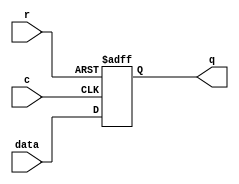
/*Westerley Carvalho Oliveira - 65255

Primeira parte - Trabalho 2

Fazer o diagrama de uma mquina de estados para contador com uma entrada de A de 2 bits. A saida 
deve ser out=0,1,2,0,1,2 quando A=0,  out= 3,2,4,3,2,4 quando A=1, out=1,3,2,3,1,3,2,3 quando A=2 e 
out=5,6,3,5,6,3, ...quando A=3. Desenhar o diagrama com http://asciiflow.com/ ou outro editor ASCII e 
colocar no seu cdigo Verilog com CASE. Escrever um testbench para testar usando seu numero de matricula.
Se for 82322, converter para binario 10100000110010010, depois usar para alimentar A de 2 em 2,
A = 1,1,0,0,1,2,1,0,2. Proietar com memria e implementar em Verilog. Projetar com portas lgicas 
tambm. O testbench deve executar nas trs implementaes com mesmo resultado. Usar aplicativo de mapa 
de karnaugh ou executvel como https://pyeda.readthedocs.io/en/latest/2llm.html para gerar as equaes 
minimizadas.


DIAGRAMA DE ESTADOS

    +---------------------------------------+
    |                                       |
    |   +-------------------------------------------------------------------+
    |   |                                   |                               |
    |   |                          +--------+----+                          |               
+----------------------------------+A=1ou3  A=2  <---+                      |
|   |   |                          |      6      |   |                      |
|   |   |                          |     110     |   |                      |               OBSERVAES
|   |   |                          |      A=0    +----------+               |
|   |   |                          +------+------+   |      |               |               Os proximos estados indeterminados foram preenchidos
|   |   |                                 |          |      |               |               com o primeiro estado da sequencia gerada pelo A correspondente.
|   |   |   +-----------------------------------------------------------+   |               
|   |   |   |                             |          |      |           |   |               A=0 -> 0,1,2,0,1,2,0,1,2,0,1,2,0,1,2,0,1,2...
|   |   |   |                             |          |      |           |   |               A=1 -> 3,2,4,3,2,4,3,2,4,3,2,4,3,2,4,3,2,4...
|   | +-+---v-------+              +------v------+   |      |   +-------+---v-+             A=2 -> 1,3,2,3,1,3,2,3,1,3,2,3,1,3,2,3,1,3...
|   | | A=2      A=0+-------------->      0      <--------------+A=0    A=1   |             A=3 -> 5,6,3,5,6,3,5,6,3,5,6,3,5,6,3,5,6,3...
|   | |      2      |    +--------->     000     <--------+ |   |      3_     |
| +---+A=1  010     |    |   +-----+A=0ou2       |   |    | |   |     111     |             Os estados foram nomeados como:
| | | |          A=3+------+ |     |A=1 A=3      |   | +--------+A=3      A=2 |
| | | +^------^-----+    | | |     +-+---+-^-----+   | |  | |   +---------+---+             zero / 0 / 000
| | |  |      |          | | |       |   | |         | |  | |             |                 one / 1 / 001
| | |  |      +-------+  | | |       |   | |         | |  | |             |                 two / 2 / 010
| | |  |              |  | | |       |   | |         | |  | | +-----------+                 three / 3 / 011
| | |  |              |  | | |   +---+   | |         | |  | | |                             four / 4 / 100
| | | ++------------+ |  | | |   | +-----v-+-----+   | |  | | | +-------------+             five / 5 / 101
| | | |A=1ou2    A=0+----+ +------->       A=0   <-----+  +-----+A=0          |             six / 6 / 110
+----->      3   A=3+-------------->      5      <--------------+A=3   4      |             three_ / 3_ / 111
  | | |     011     | |      |   | |     101     |   |      | | |     100     |
  | | |             <------------+ |A=1  A=2  A=3+---+      | | |A=2 A=1      |             Note que o estado 3_  necessario pois a sada igual a 3 aparece 2 vezes na
  | | +------^-^--^-+ |      |     ++----+-^-----+          | | ++-^-+--------+             sequencia para A=2
  | |        | |  |   |      |      |    | |                | |  | | |
  | |        | |  +-----------------+    | |                | |  | | |                      O testbench devia ser montado usando o nmero de matcula em binrio:
  | |        | +--------------------+    | |                | |  | | |                      (65255) em binrio  (11 11 11 10 11 10 01 11) o que produz a sequncia
  | |        |        |      |      |    | |                | |  | | |
  | |        |        |      |     ++----v-+-----+          | |  | | |                      A=3,3,3,2,3,2,1,3
  | |        |        |      +----->A=1ou2 A=3   <---------------+ | |
  | |        |        |            |      1      |          | |    | |
  | +------------------------------>     001     <------------+    | |
  |          |        +------------+A=0          <----------+      | |
  |          |                     +-------------+                 | |
  +----------------------------------------------------------------+ |
             |                                                       |
             +-------------------------------------------------------+

*/

module flipflop(data,c,r,q);
    input data, c, r;
    output q;
    reg q;
    always @(posedge c or negedge r) begin
        if(r == 1'b0)
            q <= 1'b0; 
        else q <= data; 
    end 
endmodule  


module highlevel(clk, reset, a, s);
    input clk, reset;
    input[1:0] a;
    output[2:0] s;

    reg[2:0] e; //estado atual
    
    parameter[2:0]  zero    = 3'b000,
                    one     = 3'b001,
                    two     = 3'b010,
                    three   = 3'b011,
                    four    = 3'b100,
                    five    = 3'b101,
                    six     = 3'b110,
                    three_  = 3'b111;

    //Logica da saida
    assign s = (e == zero)? 3'd0:
           (e == one)? 3'd1:
           (e == two)? 3'd2:
           (e == three)? 3'd3:
           (e == four)? 3'd4:
           (e == five)? 3'd5:
           (e == six)? 3'd6:3'd3;

    //Logica do proximo estado
    always @(posedge clk or negedge reset) begin
        if(reset == 0)
            e = 0;
        else case(e)
            zero:
                if(a == 2'd3)
                    e = five;
                else if(a == 2'd1) 
                    e = three;
                else e = one;
            one:
                if(a == 2'd3)
                    e = five;
                else if(a == 2'd0) 
                    e = two;
                else e = three;
            two:
                if(a == 2'd3)
                    e = five;
                else if(a == 2'd2) 
                    e = three_;
                else if(a == 2'd1)
                    e = four;
                else e = zero;
            three:
                if(a == 2'd3)
                    e = five;
                else if(a == 2'd0) 
                    e = zero;
                else e = two;
            four:
                if(a == 2'd3)
                    e = five;
                else if(a == 2'd2) 
                    e = one;
                else if(a == 2'd1)
                    e = three;
                else e = zero;
            five:
                if(a == 2'd3)
                    e = six;
                else if(a == 2'd2) 
                    e = one;
                else if(a == 2'd1)
                    e = three;
                else e = zero;
            six:
                if(a == 2'd2)
                    e = one;
                else if (a == 2'd0) 
                    e = zero;
                else e = three;
            three_:
                if(a == 2'd3)
                    e = five;
                else if(a == 2'd2) 
                    e = one;
                else if(a == 2'd1)
                    e = two;
                else e = zero;
        endcase         
    end    
endmodule

module memory(clk, reset, a, s);
    input clk, reset;
    input [1:0] a;
    output [2:0] s;

    reg [5:0] StateMachine [0:31];

    initial begin  
        StateMachine[0] = 6'b001000;  StateMachine[1] = 6'b011000;
        StateMachine[2] = 6'b001000;  StateMachine[3] = 6'b101000;
        StateMachine[4] = 6'b010001;  StateMachine[5] = 6'b011001;
        StateMachine[6] = 6'b011001;  StateMachine[7] = 6'b101001;
        StateMachine[8] = 6'b000010;  StateMachine[9] = 6'b100010;
        StateMachine[10] = 6'b111010;  StateMachine[11] = 6'b101010;
        StateMachine[12] = 6'b000011;  StateMachine[13] = 6'b010011;
        StateMachine[14] = 6'b010011;  StateMachine[15] = 6'b101011;
        StateMachine[16] = 6'b000100;  StateMachine[17] = 6'b011100;
        StateMachine[18] = 6'b001100;  StateMachine[19] = 6'b101100;
        StateMachine[20] = 6'b000101;  StateMachine[21] = 6'b011101;
        StateMachine[22] = 6'b001101;  StateMachine[23] = 6'b110101;
        StateMachine[24] = 6'b000110;  StateMachine[25] = 6'b011110;
        StateMachine[26] = 6'b001110;  StateMachine[27] = 6'b011110;
        StateMachine[28] = 6'b000011;  StateMachine[29] = 6'b010011;
        StateMachine[30] = 6'b001011;  StateMachine[31] = 6'b101011;
    end

    wire [4:0] address; // 32 linhas , 5 bits de endereco
    wire [5:0] dout;  // 6 bits de largura

    assign address[0] = a[0];
    assign address[1] = a[1];
    assign dout = StateMachine[address];
    assign s = dout[2:0];

    flipflop e0(dout[3],clk,reset,address[2]);
    flipflop e1(dout[4],clk,reset,address[3]);
    flipflop e2(dout[5],clk,reset,address[4]);

endmodule

module logicgates(clk, reset, a, s);
    input clk, reset;
    input [1:0] a;
    output [2:0] s;
    wire [2:0] e; 
    wire [2:0] p;
    assign s[0] = e[0];
    assign s[1] = e[1];
    assign s[2] = e[2]&~e[1] | e[2]&~e[0];  
    assign p[0] = ~e[0]&a[1] | ~e[2]&~e[1]&~e[0] | ~e[1]&~a[1]&a[0] | ~e[2]&~e[1]&a[1] | e[1]&a[1]&a[0] | e[2]&~e[0]&a[0] | e[2]&a[1]&~a[0];
    assign p[1] = ~e[1]&~a[1]&a[0] | e[0]&~a[1]&a[0] | ~e[2]&~e[1]&e[0]&~a[0] | ~e[2]&e[1]&a[1]&~a[0] | e[2]&~e[1]&e[0]&a[0] | e[2]&e[1]&~e[0]&a[0];
    assign p[2] = ~e[1]&a[1]&a[0] | e[0]&a[1]&a[0] | ~e[2]&e[1]&~e[0]&a[0] | ~e[2]&e[1]&~e[0]&a[1];
    //total de operadores = 

    flipflop  e0(p[0],clk,reset,e[0]);
    flipflop  e1(p[1],clk,reset,e[1]);
    flipflop  e2(p[2],clk,reset,e[2]);
endmodule  

module main;
    reg clk,reset;
    reg [1:0]a;
    wire [2:0] s;
    wire [2:0] s1;
    wire [2:0] s2;

    highlevel FSM(clk,reset,a,s);
    memory FSM1(clk,reset,a,s1);
    logicgates FSM2(clk,reset,a,s2);

    initial
        clk = 1'b0;
    always
        clk = #(1) ~clk;

    // visualizar formas de onda usar gtkwave out.vcd
    initial  begin
        $dumpfile ("out.vcd"); 
        $dumpvars; 
    end 

    initial 
        begin
        $monitor($time," Clock: %b Reset: %b A: %d CASE: %d MEM: %d PORTAS: %d",clk,reset,a,s,s1,s2);
        #1 reset=0; a=2'd0;
        #1 reset=1;
        #10 a=2'd3; // depois de 5 "clocks", cada clock 2 unidades de tempo
        #10 a=2'd3;
        #10 a=2'd3;
        #10 a=2'd2;
        #10 a=2'd3;
        #10 a=2'd2;
        #10 a=2'd1;
        #10 a=2'd3;
        #10;
        $finish ;
        end
endmodule